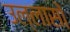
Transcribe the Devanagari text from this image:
उल्लासों